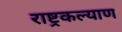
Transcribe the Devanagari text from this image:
राष्ट्रकल्याण